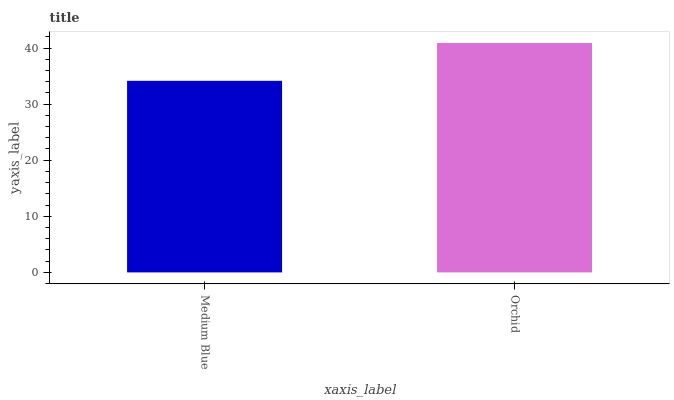
| xaxis_label | bars |
 | --- | --- |
 | Medium Blue | 34.2 |
 | Orchid | 40.9 |